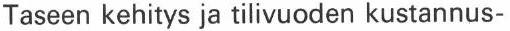
Taseen kehitys ja tilivuoden kustannus